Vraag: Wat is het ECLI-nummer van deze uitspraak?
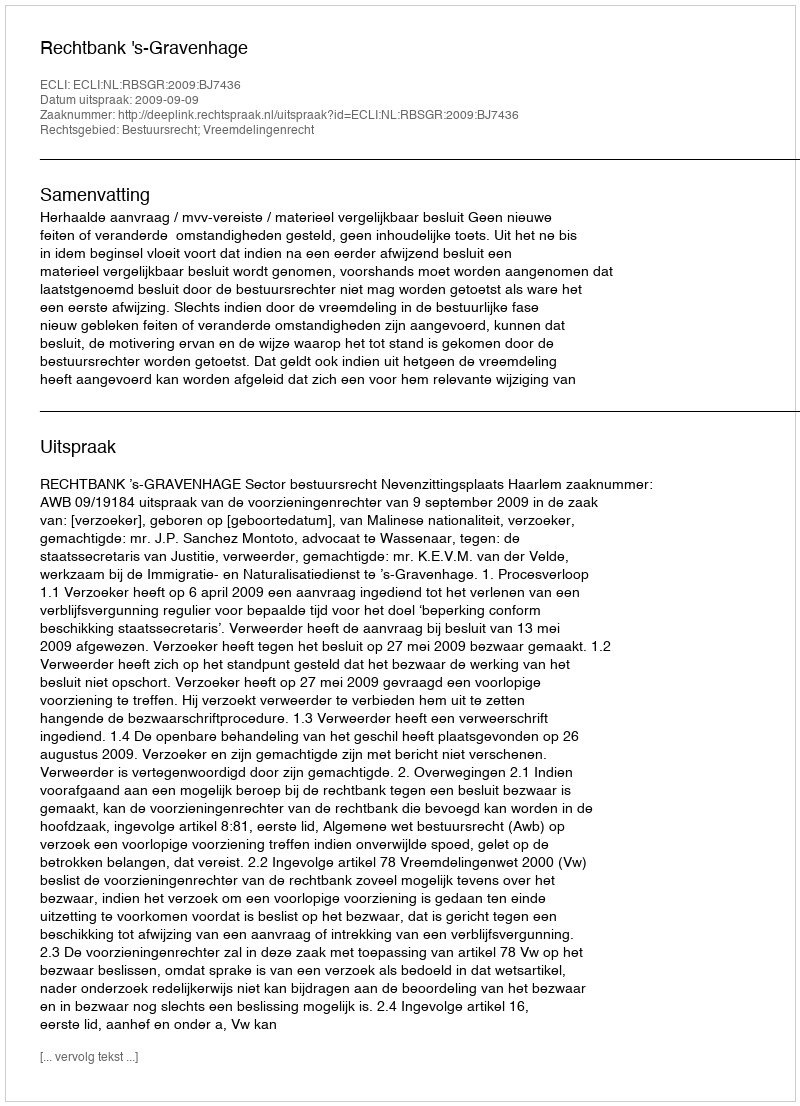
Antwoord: ECLI:NL:RBSGR:2009:BJ7436